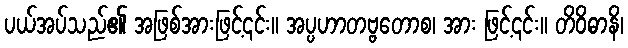
ပယ်အပ်သည်၏ အဖြစ်အားဖြင့်၎င်း။ အပ္ပဟာတဗ္ဗတောစ၊ အား ဖြင့်၎င်း။ တိဝိဓာနိ၊